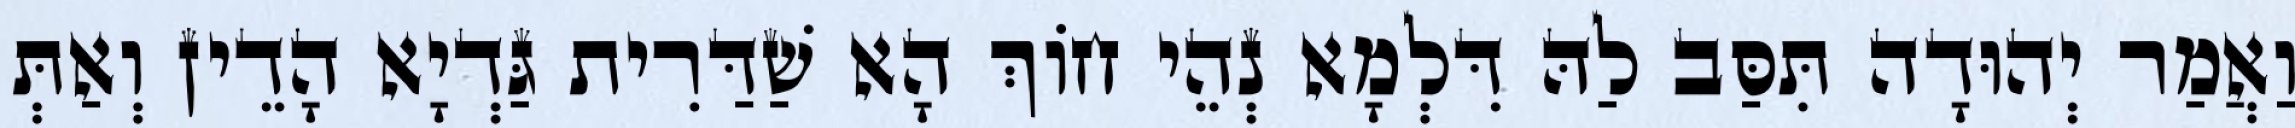
וַאֲמַר יְהוּדָה תִּסַּב לַהּ דִּלְמָא נְהֵי חוֹךְ הָא שַׁדַּרִית גַּדְיָא הָדֵין וְאַתְּ